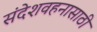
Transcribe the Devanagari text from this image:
संदेशवहनासाठी